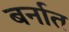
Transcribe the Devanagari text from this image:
बर्नात